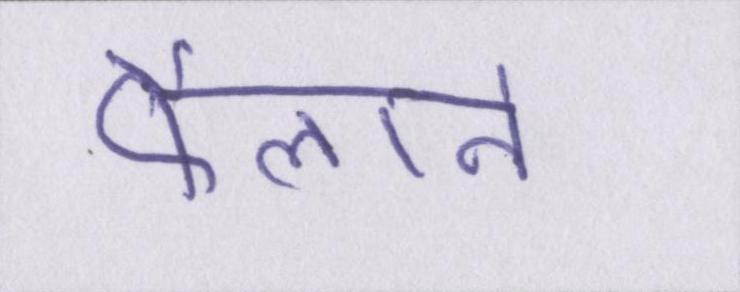
फैलाने